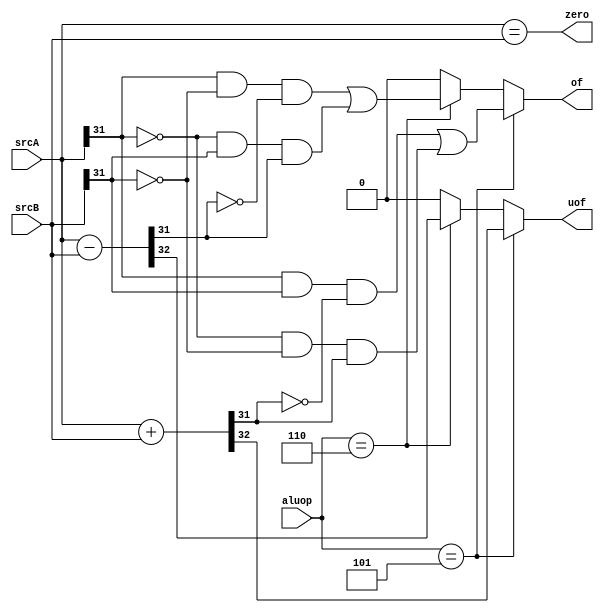
/**
 * @module alu_flags
 * @brief get flags after alu calculation
 * @param DATA_WIDTH data width
 * @input srcA A port data
 * @input srcB B port data
 * @input aluop operation code
 * @output zero equal flag
 * @output of signed overflow flag
 * @output uof unsigned overflow flag
 */
module alu_flags 
#(parameter DATA_WIDTH = 32)
(
    input [DATA_WIDTH-1:0] srcA,
    input [DATA_WIDTH-1:0] srcB,
    input [3:0] aluop,
    output zero,
    output of,
    output uof
);

    wire [DATA_WIDTH-1:0] sum, diff;
    wire carry1, carry2;
    
    assign {carry1, sum} = srcA + srcB;    // awesome tip
    assign {carry2, diff} = srcA - srcB;    // awesome tip
    
    assign zero = (srcA == srcB);
    assign of = (aluop == 4'd5) ? ((srcA[DATA_WIDTH-1] & srcB[DATA_WIDTH-1] & ~sum[DATA_WIDTH-1]) | (~srcA[DATA_WIDTH-1] & ~srcB[DATA_WIDTH-1] & sum[DATA_WIDTH-1]))
                : (aluop == 4'd6) ? ((srcA[DATA_WIDTH-1] & ~srcB[DATA_WIDTH-1] & ~diff[DATA_WIDTH-1]) | (~srcA[DATA_WIDTH-1] & srcB[DATA_WIDTH-1] & diff[DATA_WIDTH-1]))
                : 0;
    assign uof = (aluop == 4'd5) ? (carry1)
                : (aluop == 4'd6) ? (carry2)
                : 0;
    
endmodule // alu_flags